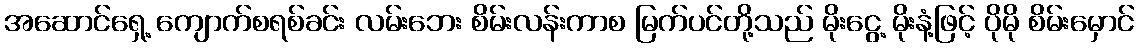
အဆောင်ရှေ့ ကျောက်စရစ်ခင်း လမ်းဘေး စိမ်းလန်းကာစ မြက်ပင်တို့သည် မိုးငွေ့ မိုးနံ့ဖြင့် ပိုမို စိမ်းမှောင်